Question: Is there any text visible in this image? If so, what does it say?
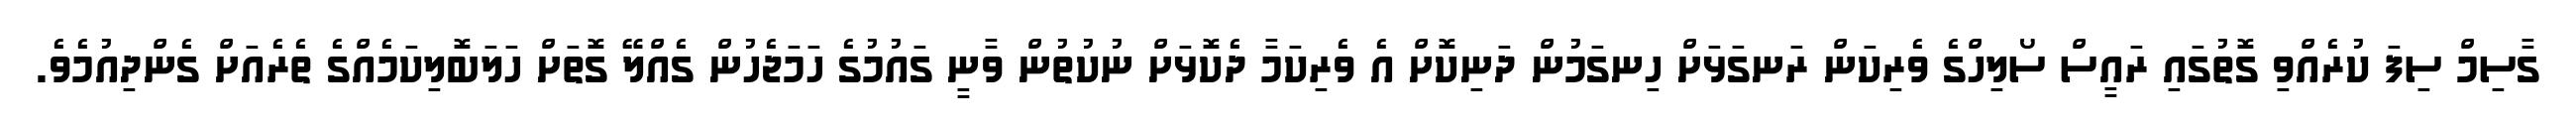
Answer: ގާސިމް ސިފަ ކުރެއްވި ގޮތުގައި ރައީސް ސޯލިހްގެ ވެރިކަން ރަނގަޅަށް ހިނގަމުން ދަނިކޮށް އެ ވެރިކަމާ ދެކޮޅަށް ނުކުތުން ވާނީ ގައުމުގެ ހަމަޖެހުން ގެއްލޭ ގޮތަށް ހަލަބޮލިކަމެއްގެ ތެރެއަށް ގެންދިއުމެވެ.